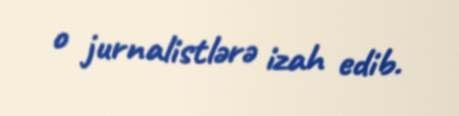
o jurnalistlərə izah edib.